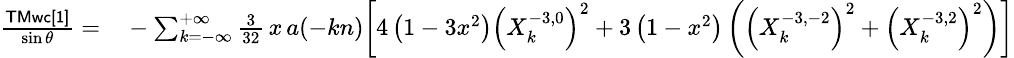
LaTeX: \small\begin{array}{rl}{\frac{\sf TMwc[1]}{\sin\theta}=}&{{}-\sum_{k=-\infty}^{+\infty}\frac{3}{32}\, x\, a(-kn)\bigg[4\left(1-3x^{2}\right)\left(X_{k}^{-3,0}\right)^{2}+3\left(1-x^{2}\right)\left(\left(X_{k}^{-3,-2}\right)^{2}+\left(X_{k}^{-3,2}\right)^{2}\right)\bigg]}\end{array}